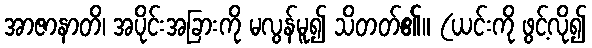
အာဇာနာတိ၊ အပိုင်းအခြားကို မလွန်မူ၍ သိတတ်၏။ (ယင်းကို ဖွင့်လို၍